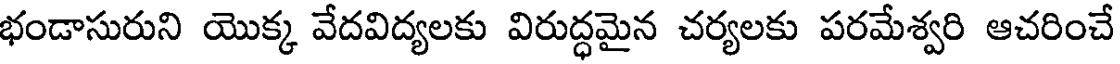
భండాసురుని యొక్క వేదవిద్యలకు విరుద్ధమైన చర్యలకు పరమేశ్వరి ఆచరించే